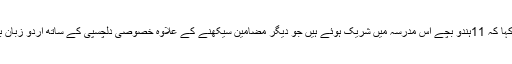
خالد انصاری نے کہا کہ 11ہندو بچے اس مدرسہ میں شریک ہوئے ہیں جو دیگر مضامین سیکھنے کے علاوہ خصوصی دلچسپی کے ساتھ اردو زبان بھی پڑھ رہے ہیں ۔